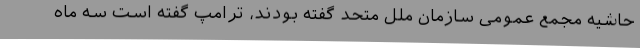
حاشیه مجمع عمومی سازمان ملل متحد گفته بودند، ترامپ گفته است سه ماه